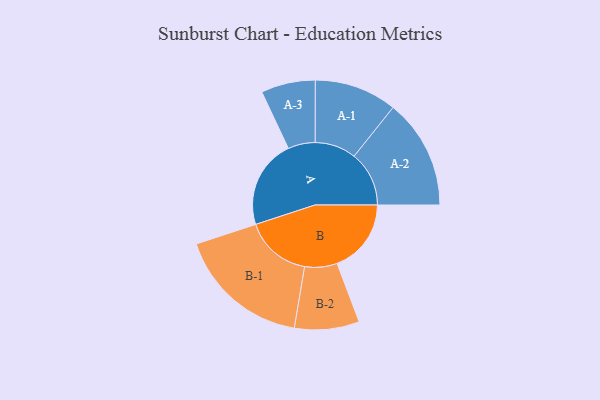
{"axis": {"x": "Segment", "y": "Value"}, "legend": ["", "A", "B"], "data": [{"x": "A", "y": 370, "type": ""}, {"x": "B", "y": 309, "type": ""}, {"x": "A-1", "y": 172, "type": "A"}, {"x": "A-2", "y": 229, "type": "A"}, {"x": "A-3", "y": 113, "type": "A"}, {"x": "B-1", "y": 278, "type": "B"}, {"x": "B-2", "y": 135, "type": "B"}]}